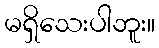
မရှိသေးပါဘူး။